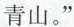
青山。”